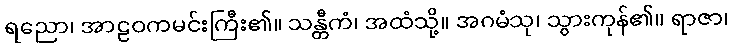
ရညော၊ အာဠဝကမင်းကြီး၏။ သန္တီကံ၊ အထံသို့။ အဂမံသု၊ သွားကုန်၏။ ရာဇာ၊